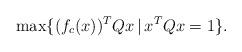
LaTeX: \begin{align*}\max \{ (f_c(x))^TQx\,|\, x^TQx=1\}.\end{align*}